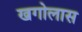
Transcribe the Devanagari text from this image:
खगोलास